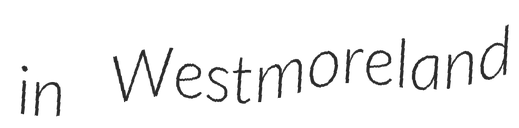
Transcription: in Westmoreland